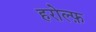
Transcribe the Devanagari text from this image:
हरोल्फ़